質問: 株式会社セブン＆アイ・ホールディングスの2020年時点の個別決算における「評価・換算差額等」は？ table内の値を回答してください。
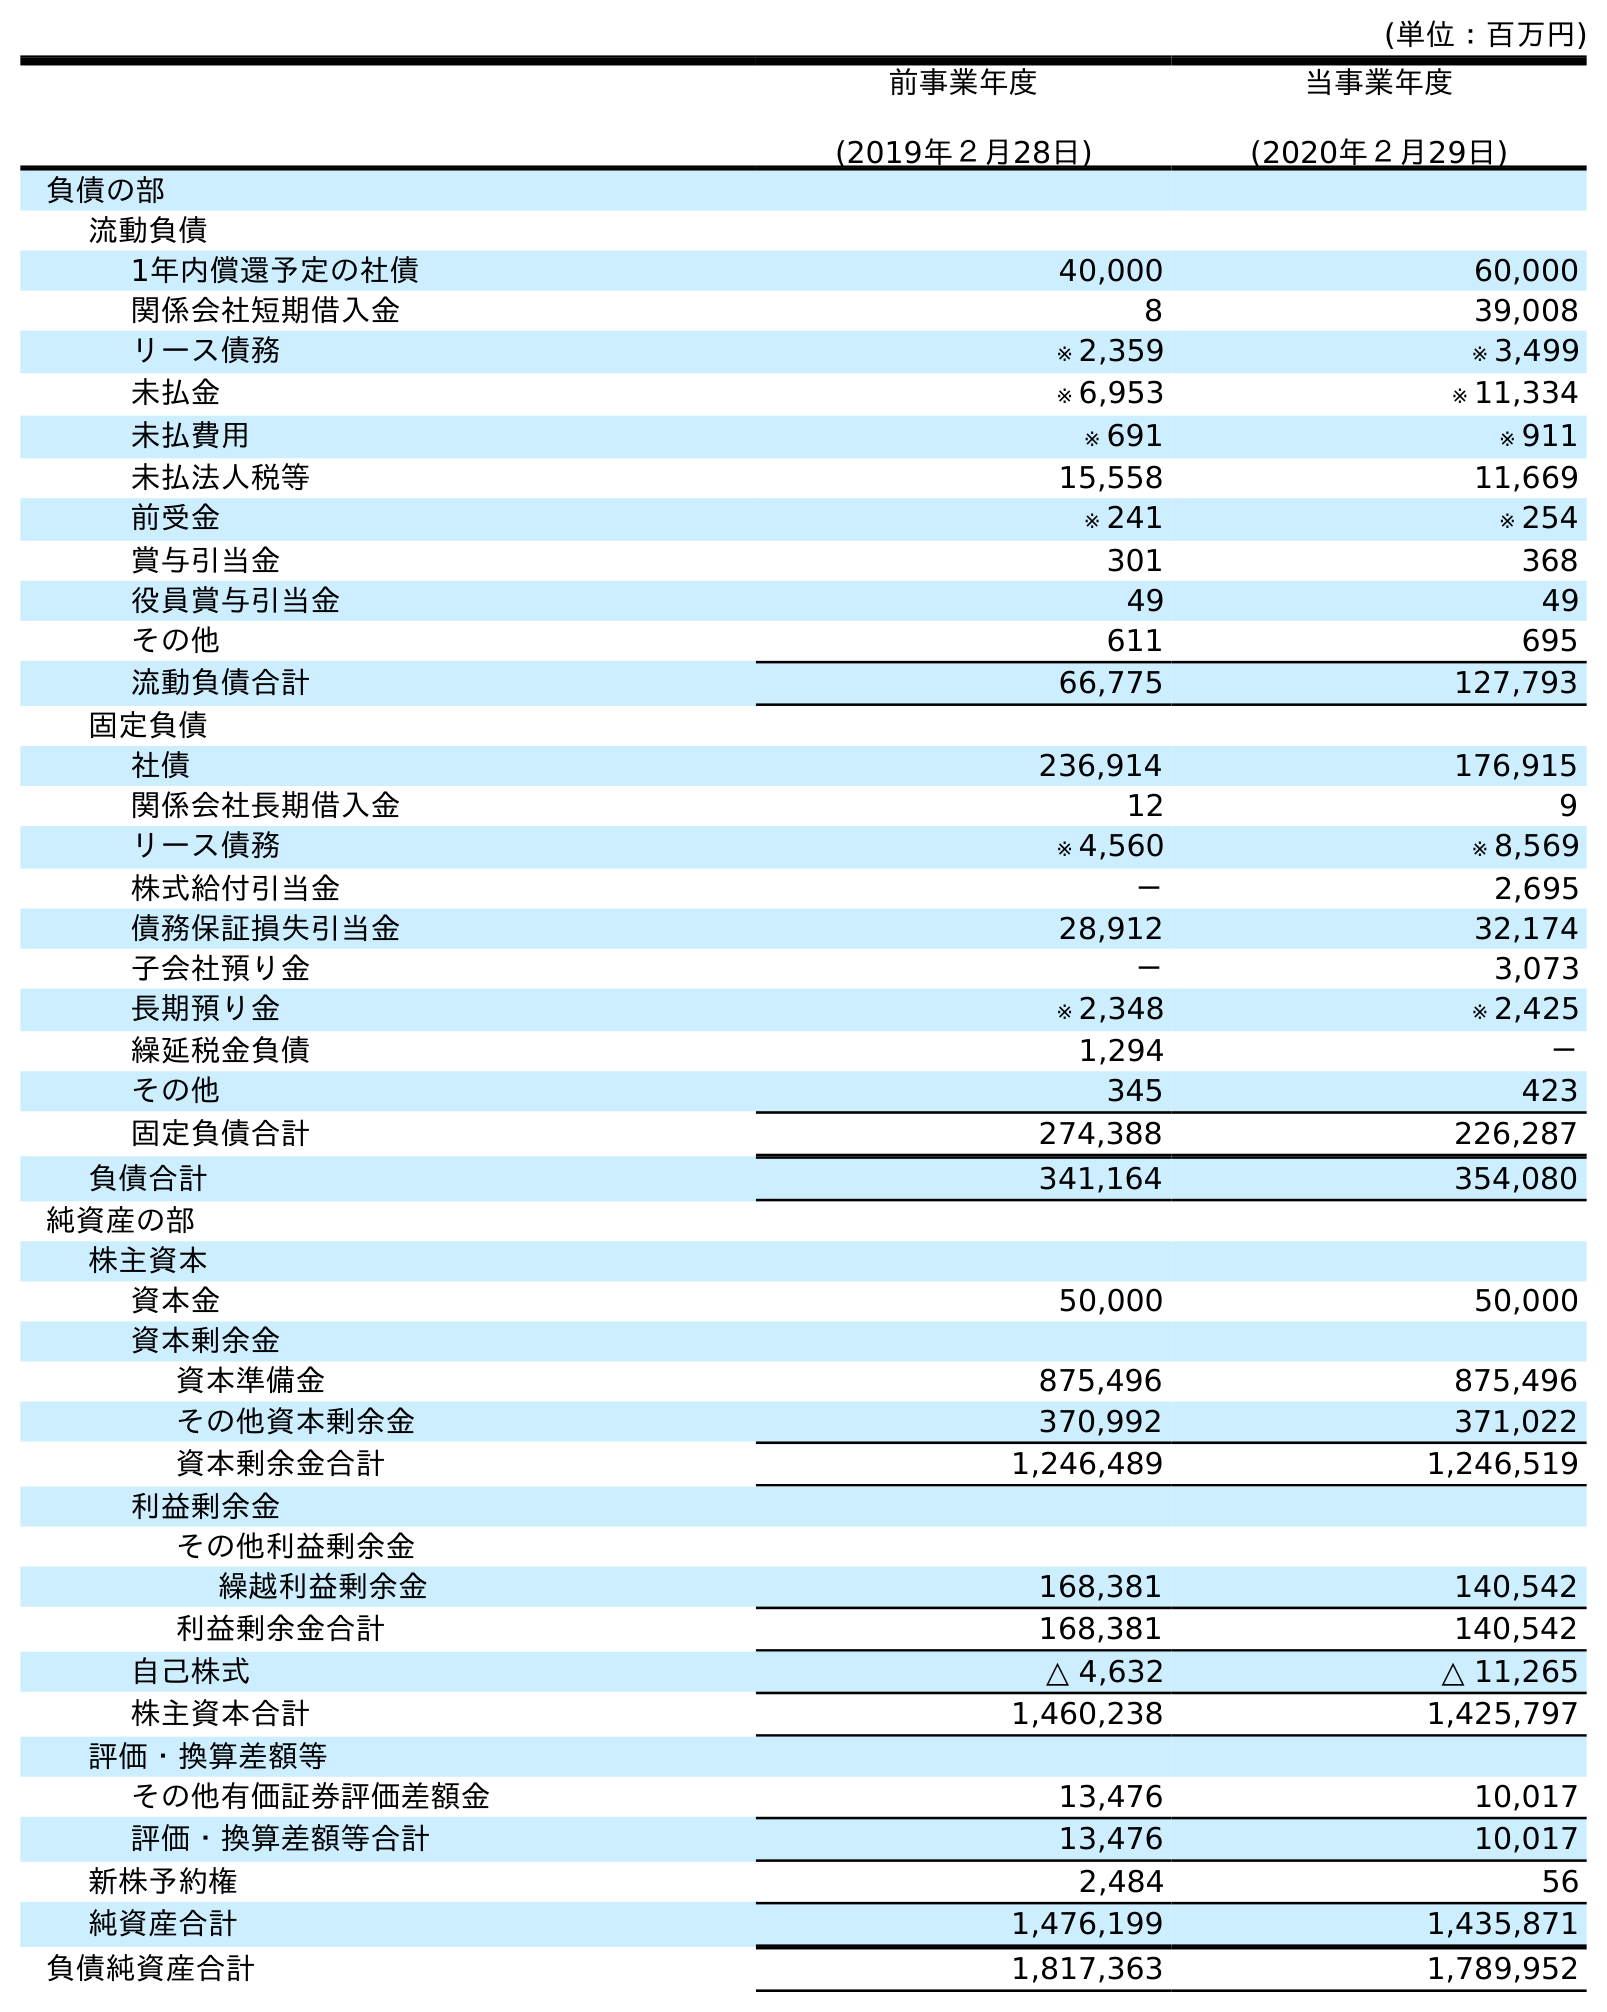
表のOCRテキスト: (単位：百万円) 前事業年度 (2019年２月28日) 当事業年度 (2020年２月29日) 負債の部 流動負債 1年内償還予定の社債 40,000 60,000 関係会社短期借入金 8 39,008 リース債務 ※ 2,359 ※ 3,499 未払金 ※ 6,953 ※ 11,334 未払費用 ※ 691 ※ 911 未払法人税等 15,558 11,669 前受金 ※ 241 ※ 254 賞与引当金 301 368 役員賞与引当金 49 49 その他 611 695 流動負債合計 66,775 127,793 固定負債 社債 236,914 176,915 関係会社長期借入金 12 9 リース債務 ※ 4,560 ※ 8,569 株式給付引当金 － 2,695 債務保証損失引当金 28,912 32,174 子会社預り金 － 3,073 長期預り金 ※ 2,348 ※ 2,425 繰延税金負債 1,294 － その他 345 423 固定負債合計 274,388 226,287 負債合計 341,164 354,080 純資産の部 株主資本 資本金 50,000 50,000 資本剰余金 資本準備金 875,496 875,496 その他資本剰余金 370,992 371,022 資本剰余金合計 1,246,489 1,246,519 利益剰余金 その他利益剰余金 繰越利益剰余金 168,381 140,542 利益剰余金合計 168,381 140,542 自己株式 △ 4,632 △ 11,265 株主資本合計 1,460,238 1,425,797 評価・換算差額等 その他有価証券評価差額金 13,476 10,017 評価・換算差額等合計 13,476 10,017 新株予約権 2,484 56 純資産合計 1,476,199 1,435,871 負債純資産合計 1,817,363 1,789,952
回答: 10,017